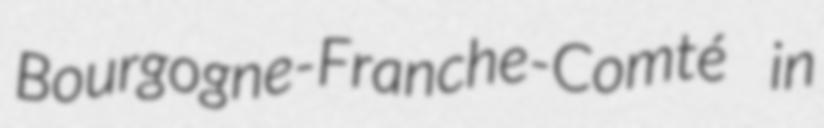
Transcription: Bourgogne-Franche-Comté in